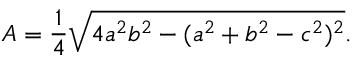
A = { \frac { 1 } { 4 } } { \sqrt { 4 a ^ { 2 } b ^ { 2 } - ( a ^ { 2 } + b ^ { 2 } - c ^ { 2 } ) ^ { 2 } } } .